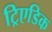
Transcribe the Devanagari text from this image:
ट्रिएडिक